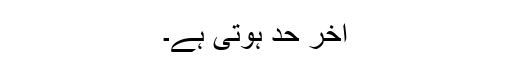
آخر حد ہوتی ہے۔